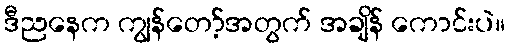
ဒီညနေက ကျွန်တော့်အတွက် အချိန် ကောင်းပဲ။